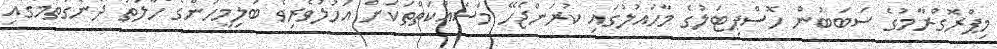
މިޕްރޮގްރާމުގެ ސަބަބުން ހޮސްޕިޓަލުގެ މާހައުލުގައި ކުރަންޖެހޭ މަސައްކަތްތަކަށް އަހުލުވެރިވެ ބަލިމީހުންގެ ހާލަތު ދެނެގަތުމުގައި